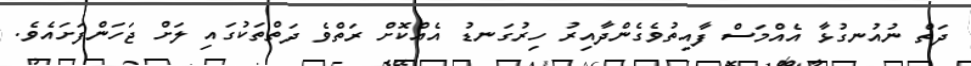
ދަތް ނުއުނގުޅާ އެއްމަސް ފާއިތުވެގެންދާއިރު ހިރުގަނޑު އެއްކޮށް ރަތްވެ ދަތްތަކުގައި ލަށް ޖަހަންފަށައެވެ.